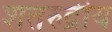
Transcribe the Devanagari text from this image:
शतरुद्रीय